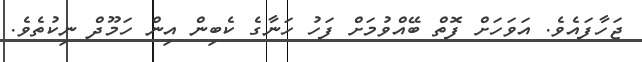
ޖަހާފައެވެ. އަވަހަށް ފޮތް ބޭއްވުމަށް ފަހު ހަނާގެ ކެބިން އިން ހަމޫދް ނިކުތެވެ.